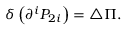
\delta \left( \partial ^ { i } P _ { 2 i } \right) = \triangle \Pi .